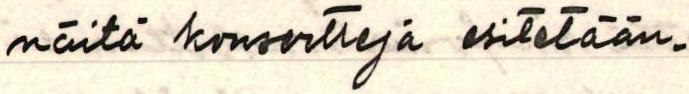
näitä konsertteja esitetään.